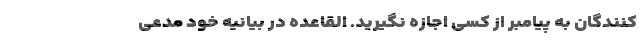
‌کنندگان به پیامبر از کسی اجازه نگیرید. القاعده در بیانیه خود مدعی